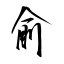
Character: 俞